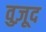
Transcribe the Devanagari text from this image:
वुज़ूद